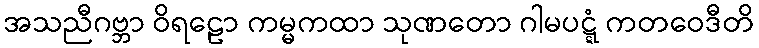
အသညီဂဗ္ဘာ ဝိရဠော ကမ္မကထာ သုဏတော ဂါမပဋ္ဋံ ကတဝေဒီတိ